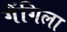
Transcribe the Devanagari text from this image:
गैंगिला